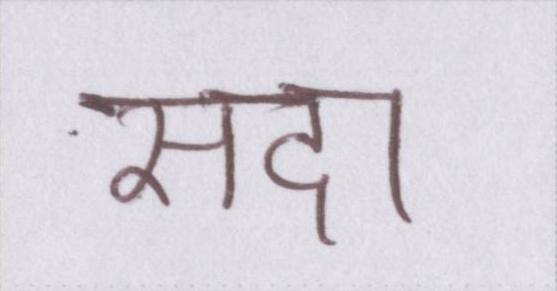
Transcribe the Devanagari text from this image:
सदा